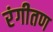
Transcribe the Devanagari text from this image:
रंगीतण